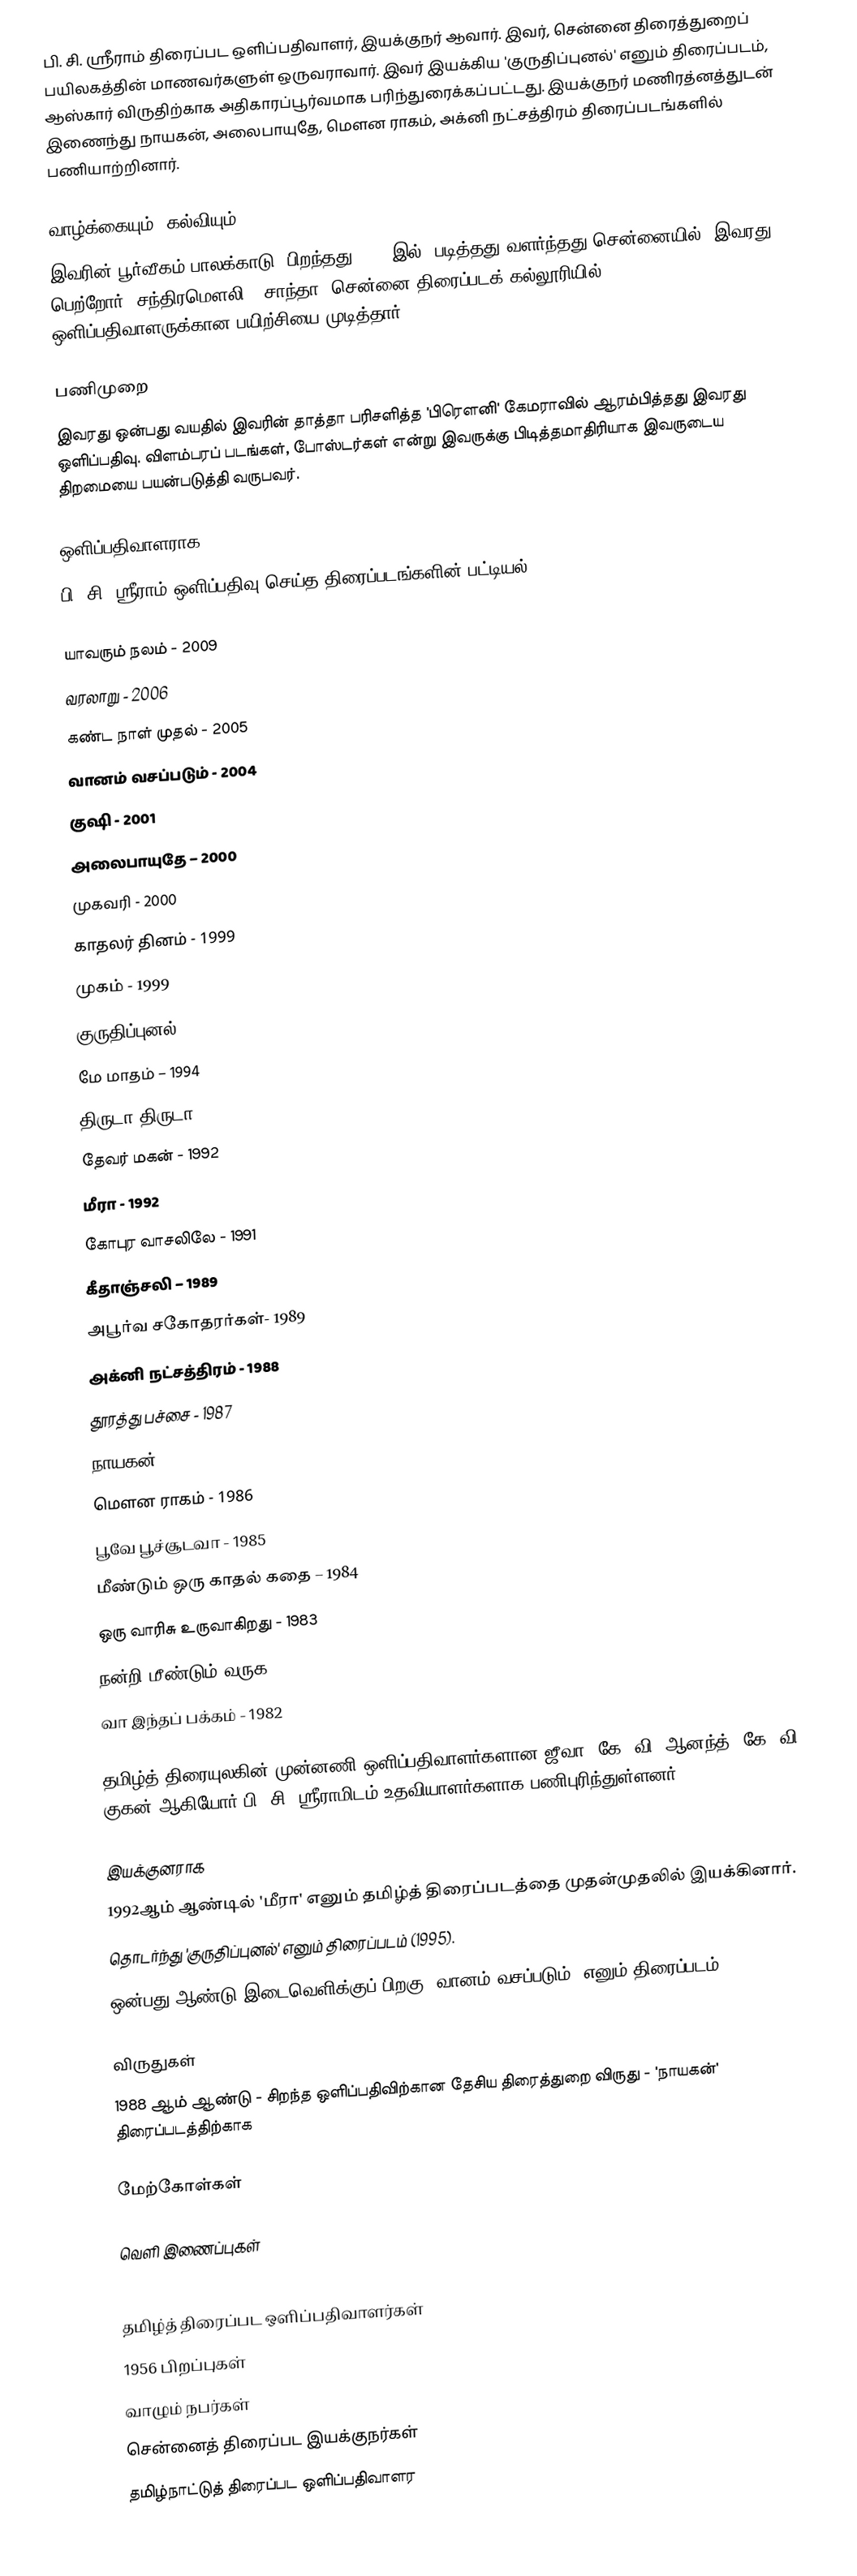
பி. சி. ஸ்ரீராம் திரைப்பட ஒளிப்பதிவாளர், இயக்குநர் ஆவார். இவர், சென்னை திரைத்துறைப் பயிலகத்தின் மாணவர்களுள் ஒருவராவார். இவர் இயக்கிய 'குருதிப்புனல்' எனும் திரைப்படம், ஆஸ்கார் விருதிற்காக அதிகாரப்பூர்வமாக பரிந்துரைக்கப்பட்டது. இயக்குநர் மணிரத்னத்துடன் இணைந்து நாயகன், அலைபாயுதே, மௌன ராகம், அக்னி நட்சத்திரம் திரைப்படங்களில் பணியாற்றினார்.

வாழ்க்கையும், கல்வியும்
இவரின்  பூர்வீகம் பாலக்காடு. பிறந்தது 1956 இல். படித்தது வளர்ந்தது சென்னையில். இவரது பெற்றோர்: சந்திரமௌலி - சாந்தா. சென்னை திரைப்படக் கல்லூரியில் ஒளிப்பதிவாளருக்கான பயிற்சியை முடித்தார்.

பணிமுறை
இவரது ஒன்பது வயதில் இவரின் தாத்தா பரிசளித்த 'பிரெளனி' கேமராவில் ஆரம்பித்தது இவரது ஒளிப்பதிவு. விளம்பரப் படங்கள், போஸ்டர்கள் என்று இவருக்கு பிடித்தமாதிரியாக இவருடைய திறமையை பயன்படுத்தி வருபவர்.

ஒளிப்பதிவாளராக
பி. சி. ஸ்ரீராம் ஒளிப்பதிவு செய்த திரைப்படங்களின் பட்டியல்:

 யாவரும் நலம் - 2009
 வரலாறு - 2006
 கண்ட நாள் முதல் - 2005
 வானம் வசப்படும் - 2004
 குஷி - 2001
 அலைபாயுதே – 2000
 முகவரி - 2000
 காதலர் தினம்  - 1999
 முகம் - 1999
 குருதிப்புனல் - 1995
 மே மாதம் – 1994
 திருடா திருடா - 1993
 தேவர் மகன் - 1992
 மீரா - 1992
 கோபுர வாசலிலே - 1991
 கீதாஞ்சலி – 1989
 அபூர்வ சகோதரர்கள்- 1989
 அக்னி நட்சத்திரம் - 1988
 தூரத்து பச்சை - 1987
 நாயகன் - 1987
 மௌன ராகம் - 1986
 பூவே பூச்சூடவா - 1985
 மீண்டும் ஒரு காதல் கதை – 1984
 ஒரு வாரிசு உருவாகிறது - 1983
 நன்றி மீண்டும் வருக - 1982
 வா இந்தப் பக்கம் - 1982

தமிழ்த் திரையுலகின் முன்னணி ஒளிப்பதிவாளர்களான ஜீவா, கே. வி. ஆனந்த், கே. வி. குகன் ஆகியோர் பி. சி. ஸ்ரீராமிடம் உதவியாளர்களாக பணிபுரிந்துள்ளனர்.

இயக்குனராக
 1992ஆம் ஆண்டில் 'மீரா' எனும் தமிழ்த் திரைப்படத்தை முதன்முதலில் இயக்கினார்.
 தொடர்ந்து 'குருதிப்புனல்' எனும் திரைப்படம் (1995).
 ஒன்பது ஆண்டு இடைவெளிக்குப் பிறகு ‘வானம் வசப்படும்’ எனும் திரைப்படம் (2004)

விருதுகள்
1988 ஆம் ஆண்டு - சிறந்த ஒளிப்பதிவிற்கான தேசிய திரைத்துறை விருது - 'நாயகன்' திரைப்படத்திற்காக

மேற்கோள்கள்

வெளி இணைப்புகள்

தமிழ்த் திரைப்பட ஒளிப்பதிவாளர்கள்
1956 பிறப்புகள்
வாழும் நபர்கள்
சென்னைத் திரைப்பட இயக்குநர்கள்
தமிழ்நாட்டுத் திரைப்பட ஒளிப்பதிவாளர